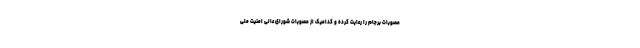
مصوبات برجام را رعایت کرده و کدامیک از مصوبات شورای عالی امنیت ملی